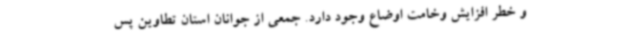
و خطر افزایش وخامت اوضاع وجود دارد. جمعی از جوانان استان تطاوین پس